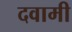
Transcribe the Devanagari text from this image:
दवामी